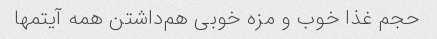
حجم غذا خوب و مزه خوبی هم‌داشتن همه آیتمها